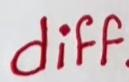
diff